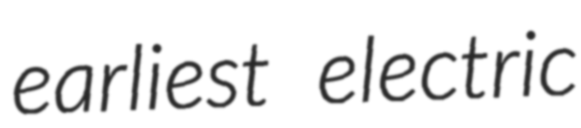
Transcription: earliest electric